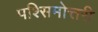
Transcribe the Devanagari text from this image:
पश्सिमोत्तरी